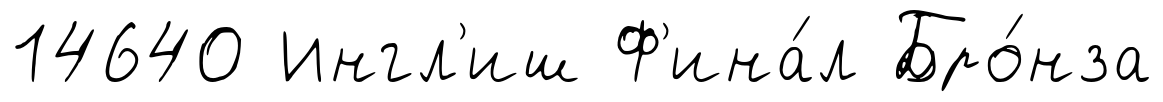
14640 Ингл'иш Ф'ина́л Бро́нза